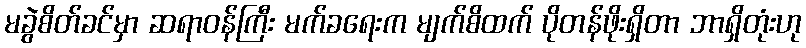
မခွဲစိတ်ခင်မှာ ဆရာဝန်ကြီး မက်ခရေးက မျက်စိထက် ပိုတန်ဖိုးရှိတာ ဘာရှိတုံးဟု